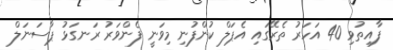
ފާއިތުވި 40 އަހަރު ތެރޭގައި އެޕަލް ކުންފުނި މިވަނީ ފެންވަރު ރަނގަޅު ޕާސަނަލް